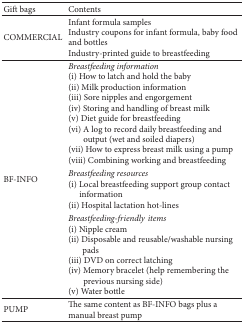
<table><thead><tr><td><b>Gift bags</b></td><td><b>Contents</b></td></tr></thead><tbody><tr><td>COMMERCIAL</td><td>Infant formula samplesIndustry coupons for infant formula, baby food and bottlesIndustry-printed guide to breastfeeding</td></tr><tr><td>BF-INFO</td><td><i>Breastfeeding information</i> (i) How to latch and hold the baby(ii) Milk production information(iii) Sore nipples and engorgement(iv) Storing and handling of breast milk(v) Diet guide for breastfeeding(vi) A log to record daily breastfeeding and output (wet and soiled diapers)(vii) How to express breast milk using a pump(viii) Combining working and breastfeeding<i>Breastfeeding resources</i> (i) Local breastfeeding support group contact information(ii) Hospital lactation hot-lines<i>Breastfeeding-friendlyitems</i> (i) Nipple cream (ii) Disposable and reusable/washable nursing pads (iii) DVD on correct latching(iv) Memory bracelet (help remembering the previous nursing side)(v) Water bottle</td></tr><tr><td>PUMP</td><td>The same content as BF-INFO bags plus a manual breast pump</td></tr></tbody></table>